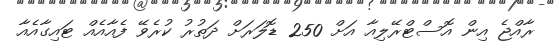
ރާއްޖެ އިން އޮސްޓްރޭލިއާ އަށް 250 ޑޮލަރަށް ދަތުރު ކުރެވޭ ފެއާއެއް ޓައިގާއެއާ